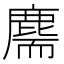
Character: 𪊫